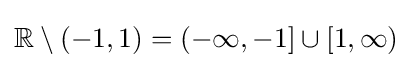
\mathbb {R} \setminus (-1,1)=(-\infty ,-1]\cup [1,\infty )